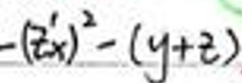
$-( 3 x ) ^ { 2 } - ( y + z )$